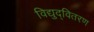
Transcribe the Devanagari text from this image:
विद्युद्वितरण